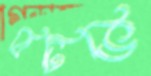
বিটিভি